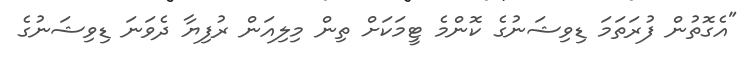
"އެގޮތުން ފުރަތަމަ ޑިވިޝަނުގެ ކޮންމެ ޓީމަކަށް ތިން މިލިއަން ރުފިޔާ ދެވަނަ ޑިވިޝަނުގެ